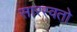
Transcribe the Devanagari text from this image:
सारस्वतो